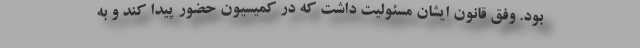
بود. وفق قانون ایشان مسئولیت داشت که در کمیسیون حضور پیدا کند و به